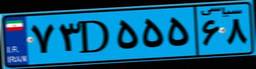
۱۷D۱۹۵۰۵